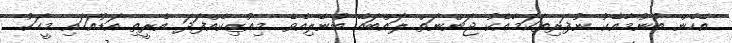
އެހެން ބުނުމާއެކު ނުފަރިތަކަމާއެކު ޖަންނަތް ލައްބައޭ ބުނެލިއެވެ. މިއުޒިކެއްފަދަ އެރީތި އަޑުއަހައި މީހަކު